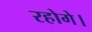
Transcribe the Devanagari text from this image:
रहोगे।